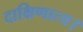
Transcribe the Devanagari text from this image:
दाक्षिणात्य।